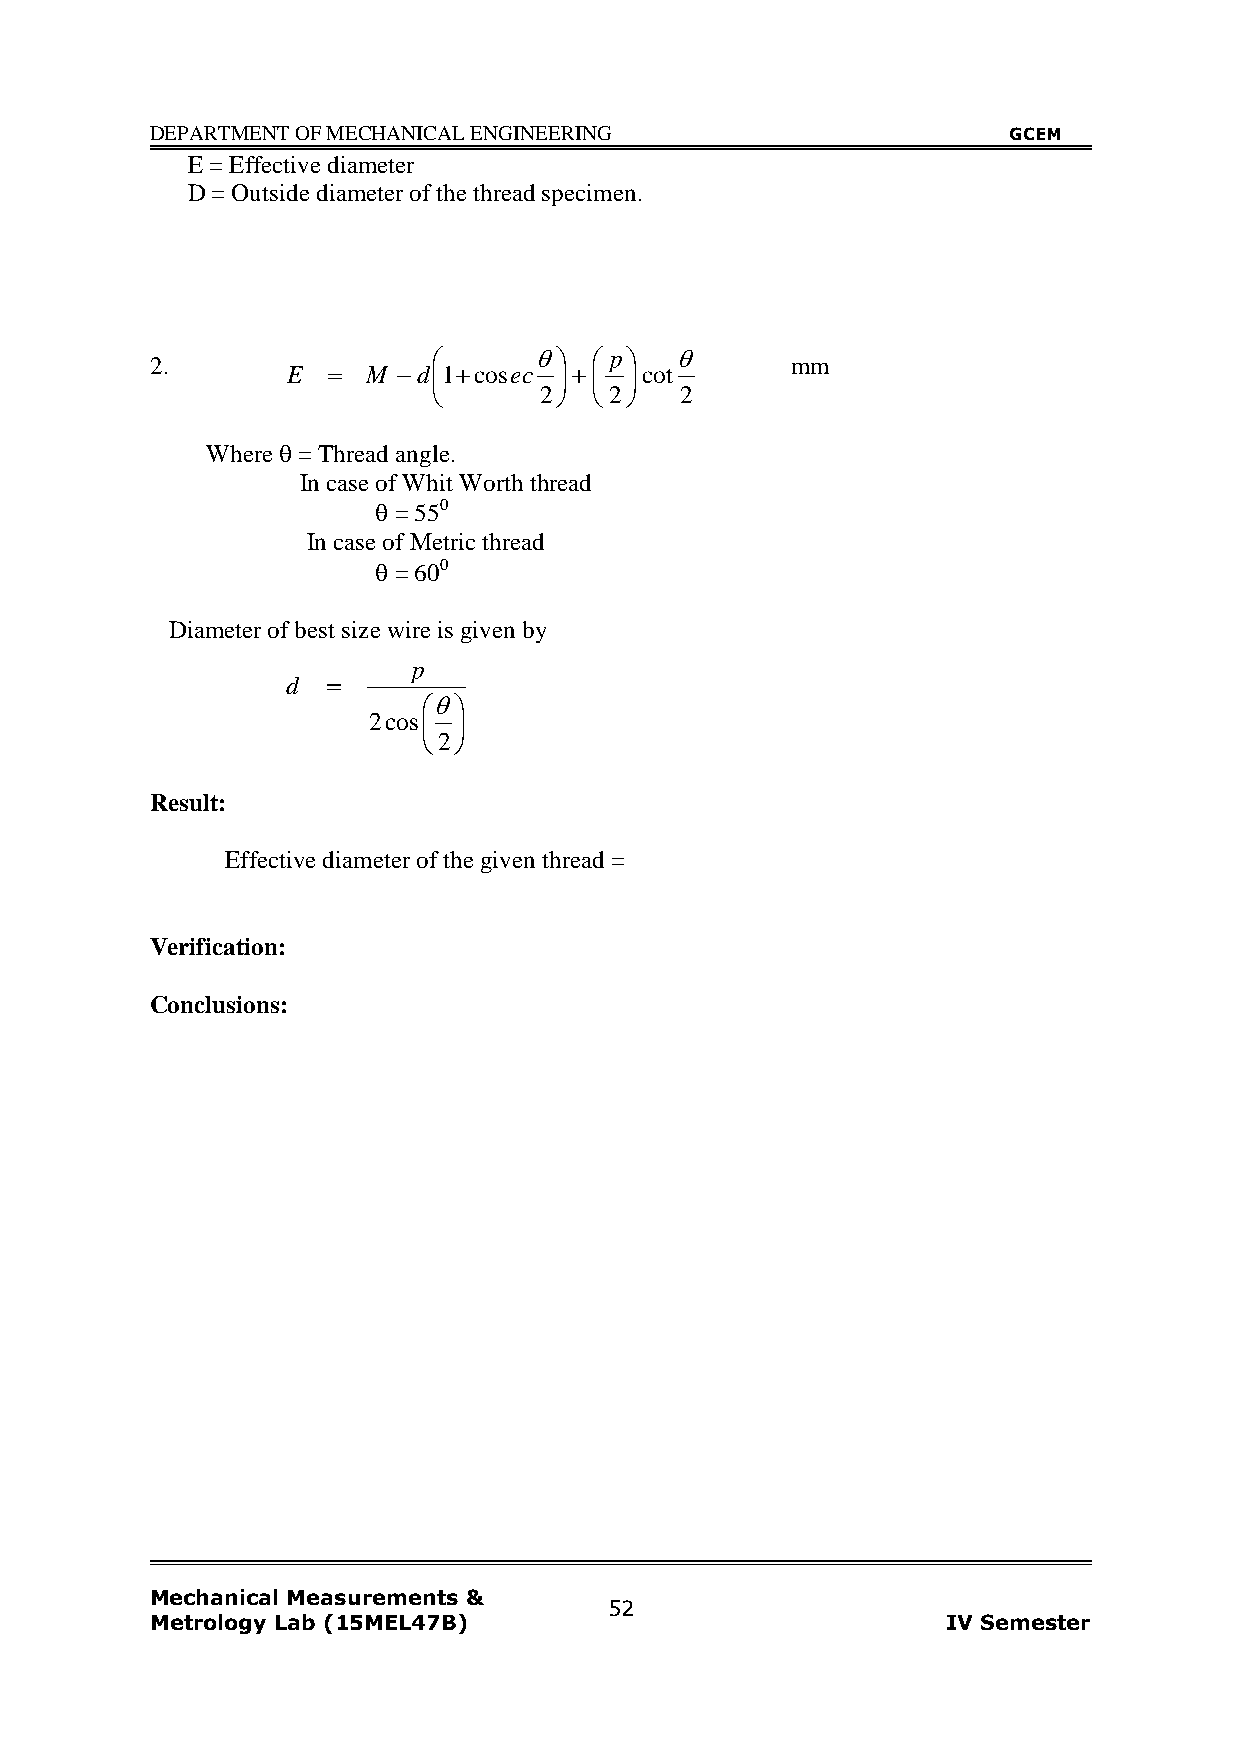
DEPARTMENT OF MECHANICAL ENGINEERING                     GCEM
 E = Effective diameter
 D = Outside diameter of the thread specimen.
 2.                         p        mm
 E   M d1cosec  cot
       2  2  2
 Where  = Thread angle.
 In case of Whit Worth thread
  = 550
 In case of Metric thread
  = 600
 Diameter of best size wire is given by
 p
 d  
 
 2cos 
 2
 Result:
 Effective diameter of the given thread =
 Verification:
 Conclusions:
 Mechanical Measurements &
 52
 Metrology Lab (15MEL47B)                             IV Semester